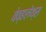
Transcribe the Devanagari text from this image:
वेव्हलेंथ्स